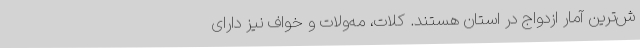
ش‌ترین آمار ازدواج در استان هستند. کلات، مه‌ولات و خواف نیز دارای